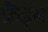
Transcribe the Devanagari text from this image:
फ्रैंड्स